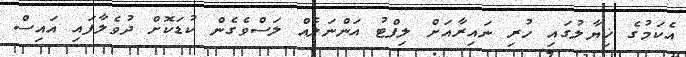
އެކަމުގެ ޚިޔާލުގައި ހުރި ނައިރާއަށް ލިފްޓު އަންނަލެއް ލަސްވެގެން ކުޑަކޮށް ދުވެލާފައި އައިސް